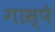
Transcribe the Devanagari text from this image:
गास्पे